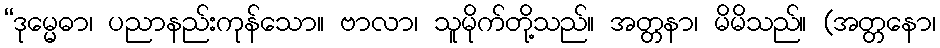
“ဒုမ္မေဓာ၊ ပညာနည်းကုန်သော။ ဗာလာ၊ သူမိုက်တို့သည်။ အတ္တနာ၊ မိမိသည်။ (အတ္တနော၊